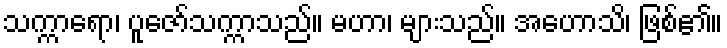
သက္ကာရော၊ ပူဇော်သက္ကာသည်။ မဟာ၊ များသည်။ အဟောသိ၊ ဖြစ်၏။